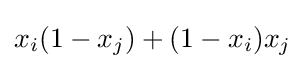
x_{i}(1-x_{j})+(1-x_{i})x_{j}